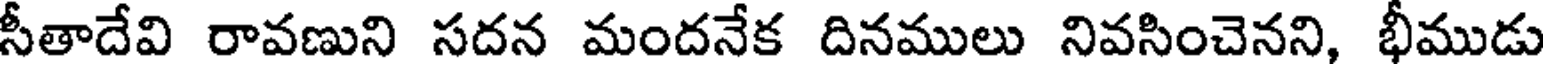
సీతాదేవి రావణుని సదన మందనేక దినములు నివసించెనని, భీముడు